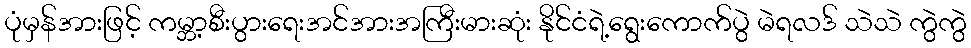
ပုံမှန်အားဖြင့် ကမ္ဘာ့စီးပွားရေးအင်အားအကြီးမားဆုံး နိုင်ငံရဲ့ရွေးကောက်ပွဲ မဲရလဒ် သဲသဲ ကွဲကွဲ